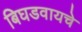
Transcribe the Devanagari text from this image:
बिघडवायचे